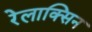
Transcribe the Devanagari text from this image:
रेलाक्सिन